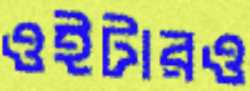
ওইটারও